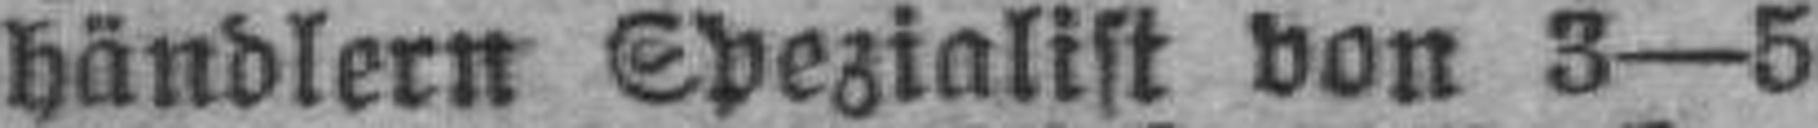
händlern Spezialist von 3—5